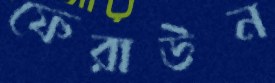
ফেরাউন